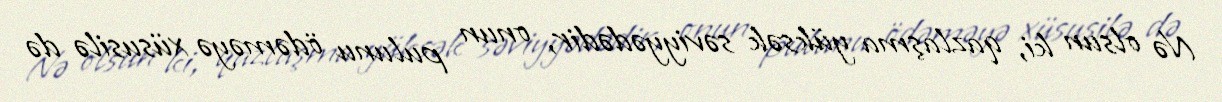
Nə olsun ki, qazlaşma yüksək səviyyədədir, onun pulunu ödəməyə xüsusilə də